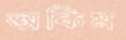
অকিম